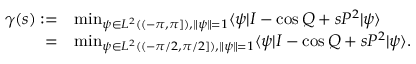
\begin{array} { r l } { \gamma ( s ) : = } & { \operatorname* { m i n } _ { \psi \in L ^ { 2 } ( ( - \pi , \pi ] ) , \| \psi \| = 1 } \langle \psi | I - \cos Q + s P ^ { 2 } | \psi \rangle } \\ { = } & { \operatorname* { m i n } _ { \psi \in L ^ { 2 } ( ( - \pi / 2 , \pi / 2 ] ) , \| \psi \| = 1 } \langle \psi | I - \cos Q + s P ^ { 2 } | \psi \rangle . } \end{array}